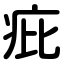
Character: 疪